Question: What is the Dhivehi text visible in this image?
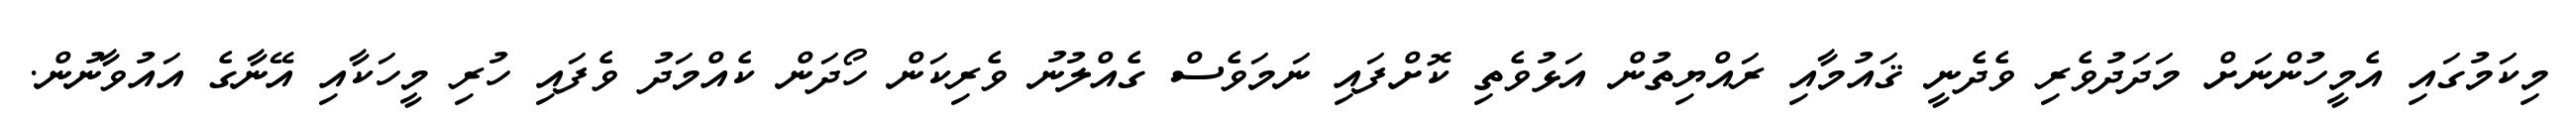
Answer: މިކަމުގައި އެމީހުންނަށް މަދަދުވެރި ވެދެނީ ޤައުމާއި ރައްޔިތުން އަޅުވެތި ކޮށްފައި ނަމަވެސް ގެއްލުނު ވެރިކަން ހޯދަން ކެއްމަދު ވެފައި ހުރި މީހަކާއި އޭނާގެ އައުވާނުން.